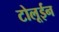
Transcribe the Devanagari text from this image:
टोलूईन